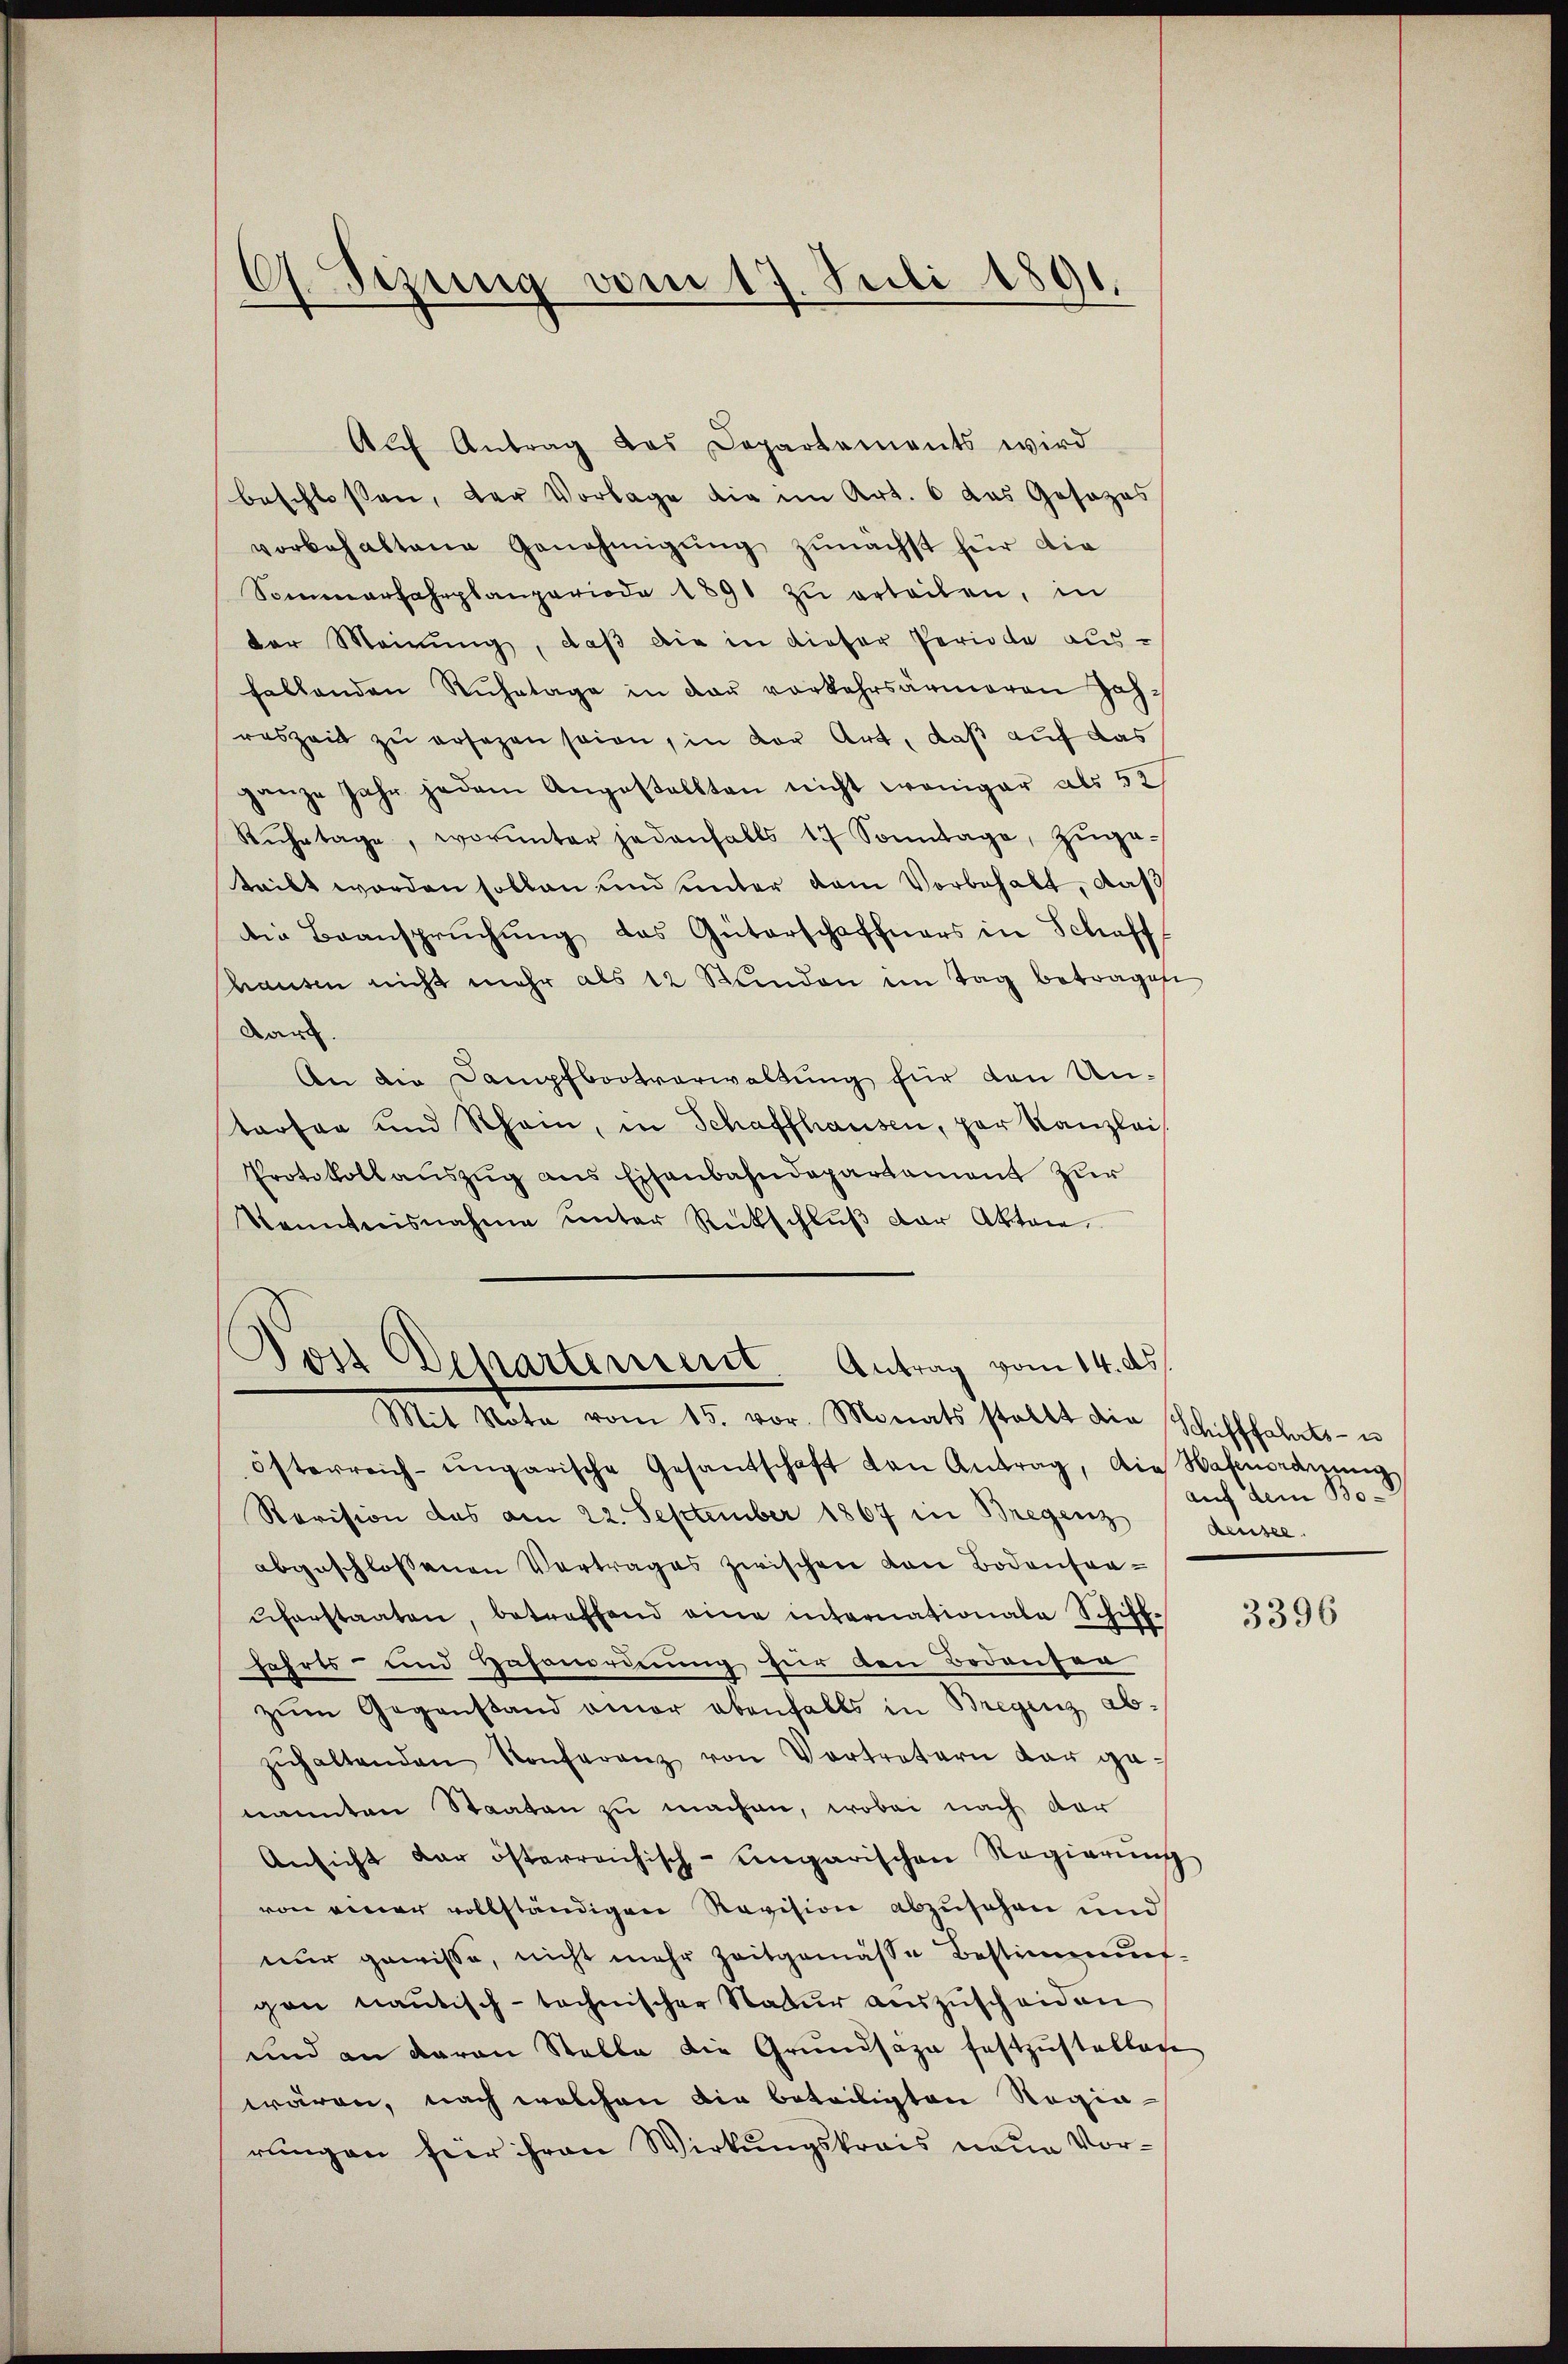
)
Stzung vom 17. Juli 1891.

Aŭf Antrag des Departements wird
beschlossen, der Vorlage die im Art. 6 das Gesezes
vorbehaltene Genehmigŭng zunächst für die
Sommerfahrplanperiode 1891 zŭ erteilen, in
der Meinung, daß die in dieser Periode ausfallenden Rŭhetage in der vorkehrsärmeren Jahreszeit zu ersezen seien, in der Art, daß auf das
ganze Jahr jedem Angestellten nicht weniger als 52
Rŭhetage, worunter jedenfalls 17 Sonntage, zŭge-
teibt worden sollen und unter dem Vorbehalt, das
die Beanspruchung des Güterschaffners in Schaff
hausen nicht mehr als 12 Stŭnden im Tag betragen
Dan
An die Dampfbootverwaltung für den Untarfen und Rhein, in Schaffhausen, par Kanzlei
Protokollauszug aus Eisenbahndepartement zur
Kenntnisnahme unter Rückschlŭβ der Akten.

Von Departement. Antrag vom 14. ds.
Mit Note vom 15. vor. Monats stellt die Schifffahrts- u

österreich-ungarische Gesandschaft den Antrag, die Hafenordnung
Revision des am 22. September 1867 in Bregenz densee.
abgeschlossenen Vertrages zwischen von Bodenfraŭherstaaten, betreffend eine internationale Schiff-
fahrts- und Gasanorderung für den Bodensen
zŭm Gegenstand amor ebenfalls in Bregenz ab-
zŭhaltenden Konferenz von Vortretern der genannten Staaten zu machen, wobei nach dar
Ansicht der österreichisch-ungarischen Regierŭng
von einer vollständigen Revision abzusehen und
nur gewisse, nicht mehr Zeitgemässe Bestimmung
gen nantisch-technischer Natur auszuscheiden
und an davon Stelle die Grundsäze festzustellen
wären, nach welchen die beteiligten Regierungen für ihren Wirkungskrais neue Vor¬

auf dem Bo-

3396